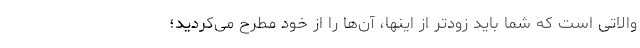
والاتی است که شما باید زودتر از اینها، آن‌ها را از خود مطرح می‌کردید؛